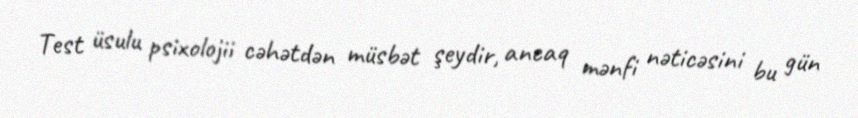
Test üsulu psixolojii cəhətdən müsbət şeydir, ancaq mənfi nəticəsini bu gün